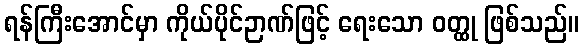
ရန်ကြီးအောင်မှာ ကိုယ်ပိုင်ဉာဏ်ဖြင့် ရေးသော ဝတ္ထု ဖြစ်သည်။